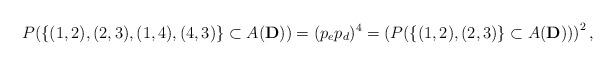
LaTeX: \begin{align*}P( \{ (1,2),(2,3), (1,4), (4,3)\} \subset A(\mathbf{D}))=(p_e p_d)^4=\left (P( \{(1,2), (2,3)\} \subset A(\mathbf{D})) \right )^2,\end{align*}